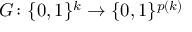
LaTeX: G \colon \{ 0 , 1 \} ^ { k } \to \{ 0 , 1 \} ^ { p ( k ) }